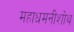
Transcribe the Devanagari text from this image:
महाधमनीशोथ